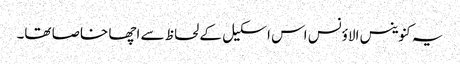
یہ کنوینس الاؤنس اس اسکیل کے لحاظ سے اچھا خاصا تھا۔